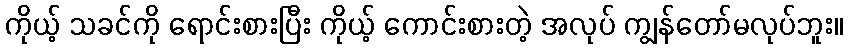
ကိုယ့် သခင်ကို ရောင်းစားပြီး ကိုယ့် ကောင်းစားတဲ့ အလုပ် ကျွန်တော်မလုပ်ဘူး။